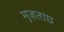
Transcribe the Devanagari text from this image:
मुज़ताघ